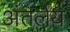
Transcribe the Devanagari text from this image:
अंतर्लय